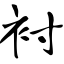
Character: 衬